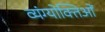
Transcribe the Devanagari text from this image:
व्यंग्योक्तिओं